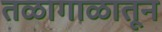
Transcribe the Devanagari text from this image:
तळागाळातून